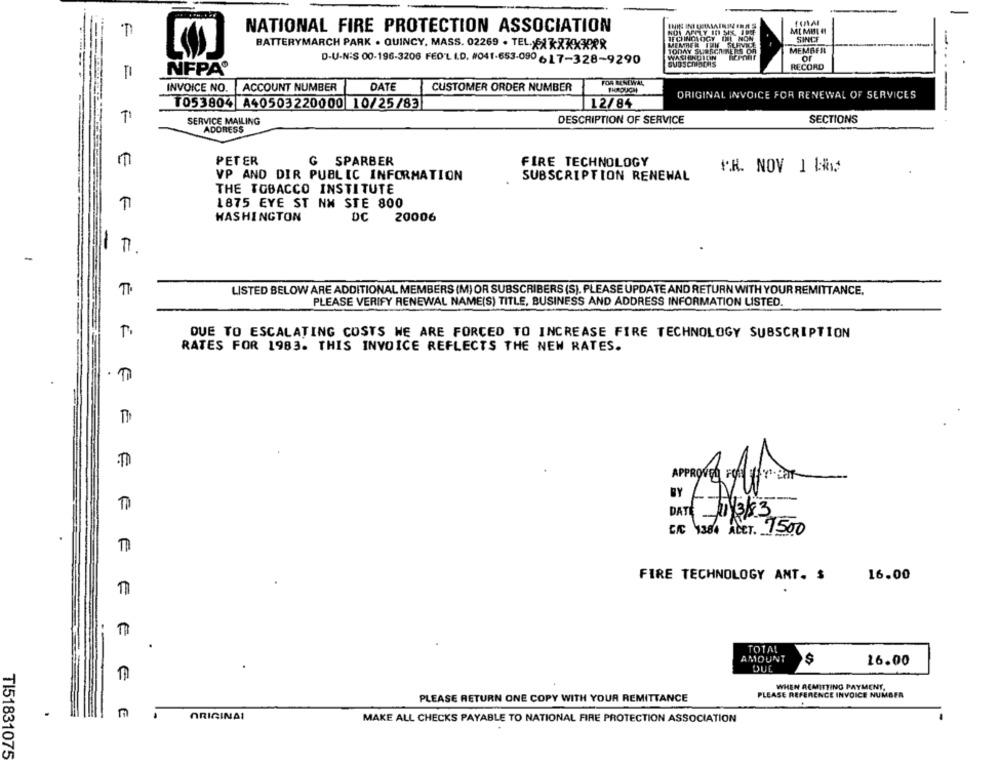
NATIONAL FIRE PROTECTION ASSOCIATION
=
TECHNOLOGY IL NON
SINCE
BATTERYMARCH PARK . QUINCY, MASS. 02269 . TEL.XXXXXXXÆR
MEMBER TON SURVICE
TODAY SURSCHIMERS OF
MEMBER
D-U.N:S 00-196-3206 FED'L I.D. #041-653-090 -17-328-9290
or
NFPA®
RECORD
FOR RENEWAL
= =
INVOICE NO. ACCOUNT NUMBER
DATE
CUSTOMER ORDER NUMBER
ORIGINAL INVOICE FOR RENEWAL OF SERVICES
1053804 A40503220000 10/25/83
12/84
-------
F
SERVICE MAILING
DESCRIPTION OF SERVICE
SECTIONS
ADORESS
PETER
G SPARBER
FIRE TECHNOLOGY
⑈K. NOV 1 1
VP AND DIR PUBLIC INFORMATION
SUBSCRIPTION RENEWAL
THE TOBACCO INSTITUTE
1875 EYE ST NW STE 800
WASHINGTON
DC 20006
LISTED BELOW ARE ADDITIONAL MEMBERS (M) OR SUBSCRIBERS (S), PLEASE UPDATE AND RETURN WITH YOUR REMITTANCE.
PLEASE VERIFY RENEWAL NAME(S) TITLE, BUSINESS AND ADDRESS INFORMATION LISTED.
DUE TO ESCALATING COSTS WE ARE FORCED TO INCREASE FIRE TECHNOLOGY SUBSCRIPTION
RATES FOR 1983. THIS INVOICE REFLECTS THE NEW RATES.
€
APPROVED FORVY LET
BY
DATE 1/3/83
C/C 1384 ACCT. 1500
E E
FIRE TECHNOLOGY ANT. $
16.00
.
TOTAL
€
AMOUNT
$
16.00
DUL
WHEN REMITTING PAYMENT,
PLEASE REFERENCE INVOICE NUMBER
PLEASE RETURN ONE COPY WITH YOUR REMITTANCE
E E
ORIGINAL
MAKE ALL CHECKS PAYABLE TO NATIONAL FIRE PROTECTION ASSOCIATION
TI51831075